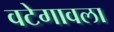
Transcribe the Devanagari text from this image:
वटेगावला